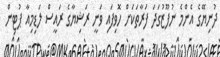
ދުނިޔޭގެ އެންމެ ނުފޫޒުގަދަ ފަރާތަކަށް ހޮވިފައި ވަނީ ރަޝިޔާގެ ރައީސް ލަޑިމިއާ ޕުޓިން